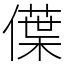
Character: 僷